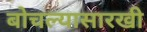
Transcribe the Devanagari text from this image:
बोचल्यासारखी